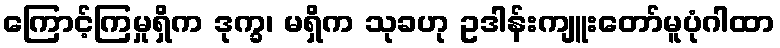
ကြောင့်ကြမှုရှိက ဒုက္ခ၊ မရှိက သုခဟု ဥဒါန်းကျူးတော်မူပုံဂါထာ